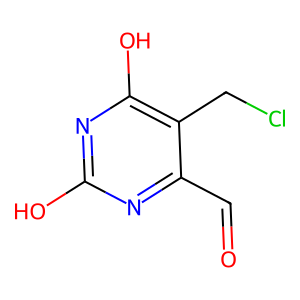
SMILES: O=Cc1nc(O)nc(O)c1CCl
Inhibits HIV replication: No